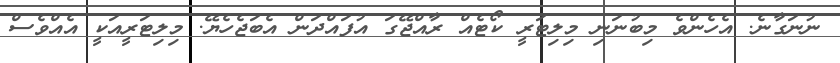
ނުނަގާނެ. އެހެންވެ މިބުނަނި މިލިޓަރީ ކޯޓެއް ރާއްޖޭގަ އުފައްދަން އެބަޖެހެޔޭ. މިލިޓަރީއަކީ އެއްވެސް